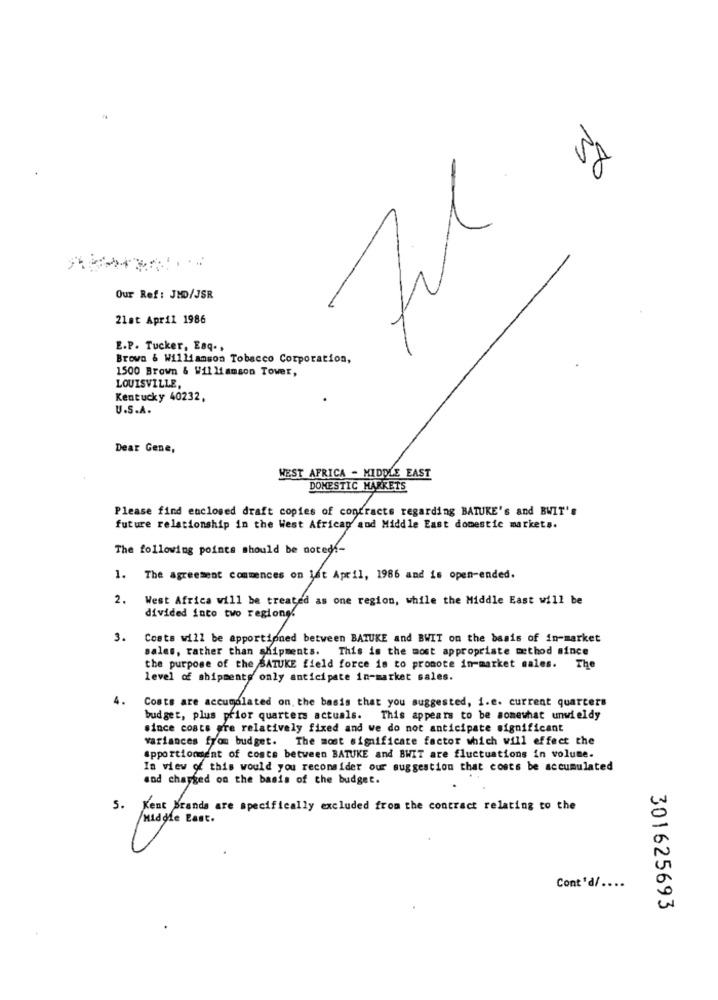
30
Our Ref: JHD/JSR
21st April 1986
E.P. Tucker, Eaq .,
Browa & Williamson Tobacco Corporation,
1500 Brown & Williamson Tower,
LOUISVILLE,
Kentucky 40232,
U.S.A.
Dear Gene,
WEST AFRICA - MIDDLE EAST
DOMESTIC MARKETS
Please find enclosed draft copies of contracts regarding BATUKE's and BWIT's
future relationship in the West Africap and Middle East domestic markets.
The following points should be noted-
1. The agreement commences on lat April, 1986 and is open-ended.
2.
West Africa will be treated as one region, while the Middle East will be
divided into two regiong.
3.
Costs will be apportioned between BATUKE and BWIT on the basis of in-market
sales, rather than shipments. This is the most appropriate method mince
the purpose of the BATUKE field force is to promote in-market sales. The
level of shipments only anticipate in-market sales.
4.
Costs are accumulated on the basis that you suggested, i.e. current quarters
budget, plus prior quarters actuals. This appears to be somewhat unwieldy
since costs are relatively fixed and we do not anticipate significant
variances from budget. The most significate factor which will effect the
apportionment of costs between BATUKE and BWIT are fluctuations in volume.
In view of this would you reconsider our suggestion that costs be accumulated
and changed on the basis of the budget.
5.
Kent brands are specifically excluded from the contract relating to the
Cont'd/ ....
301625693